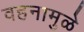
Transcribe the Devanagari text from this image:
वहनामुळे